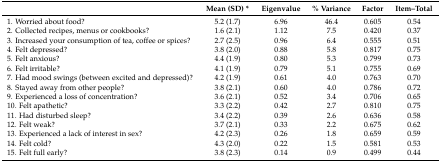
<table><thead><tr><td></td><td><b>Mean (SD) *</b></td><td><b>Eigenvalue</b></td><td><b>% Variance</b></td><td><b>Factor</b></td><td><b>Item–Total</b></td></tr></thead><tbody><tr><td>1. Worried about food?</td><td>5.2 (1.7)</td><td>6.96</td><td>46.4</td><td>0.605</td><td>0.54</td></tr><tr><td>2. Collected recipes, menus or cookbooks?</td><td>1.6 (2.1)</td><td>1.12</td><td>7.5</td><td>0.420</td><td>0.37</td></tr><tr><td>3. Increased your consumption of tea, coffee or spices?</td><td>2.7 (2.5)</td><td>0.96</td><td>6.4</td><td>0.555</td><td>0.51</td></tr><tr><td>4. Felt depressed?</td><td>3.8 (2.0)</td><td>0.88</td><td>5.8</td><td>0.817</td><td>0.75</td></tr><tr><td>5. Felt anxious?</td><td>4.4 (1.9)</td><td>0.80</td><td>5.3</td><td>0.799</td><td>0.73</td></tr><tr><td>6. Felt irritable?</td><td>4.1 (1.9)</td><td>0.79</td><td>5.1</td><td>0.755</td><td>0.69</td></tr><tr><td>7. Had mood swings (between excited and depressed)?</td><td>4.2 (1.9)</td><td>0.61</td><td>4.0</td><td>0.763</td><td>0.70</td></tr><tr><td>8. Stayed away from other people?</td><td>3.8 (2.1)</td><td>0.60</td><td>4.0</td><td>0.786</td><td>0.72</td></tr><tr><td>9. Experienced a loss of concentration?</td><td>3.6 (2.1)</td><td>0.52</td><td>3.4</td><td>0.706</td><td>0.65</td></tr><tr><td>10. Felt apathetic?</td><td>3.3 (2.2)</td><td>0.42</td><td>2.7</td><td>0.810</td><td>0.75</td></tr><tr><td>11. Had disturbed sleep?</td><td>3.4 (2.2)</td><td>0.39</td><td>2.6</td><td>0.636</td><td>0.58</td></tr><tr><td>12. Felt weak?</td><td>3.7 (2.1)</td><td>0.33</td><td>2.2</td><td>0.675</td><td>0.62</td></tr><tr><td>13. Experienced a lack of interest in sex?</td><td>4.2 (2.3)</td><td>0.26</td><td>1.8</td><td>0.659</td><td>0.59</td></tr><tr><td>14. Felt cold?</td><td>4.3 (2.0)</td><td>0.22</td><td>1.5</td><td>0.581</td><td>0.53</td></tr><tr><td>15. Felt full early?</td><td>3.8 (2.3)</td><td>0.14</td><td>0.9</td><td>0.499</td><td>0.44</td></tr></tbody></table>